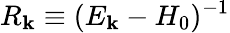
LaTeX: R_{\mathbf{k}}\equiv{(E_{\mathbf{k}}-H_{0})^{-1}}